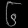
Digit: ၆